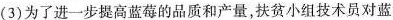
(3)为了进一步提高蓝莓的品质和产量，扶贫小组技术员对蓝